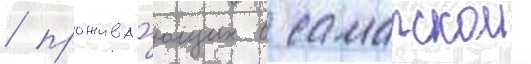
/ прожива́ющих в самарскои